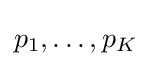
p_{1},\dots ,p_{K}